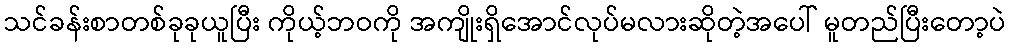
သင်ခန်းစာတစ်ခုခုယူပြီး ကိုယ့်ဘဝကို အကျိုးရှိအောင်လုပ်မလားဆိုတဲ့အပေါ် မူတည်ပြီးတော့ပဲ